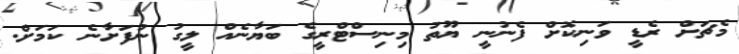
މެޗަށް ރެޑީ ވަނިކޮށް ފެނުނީ ޔޫތު މިނިސްޓްރީގެ ބަޔާނެއް ލީގު ނުފަށާނެ ކަމަށް.